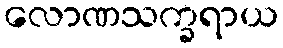
လောဏသက္ခရာယ